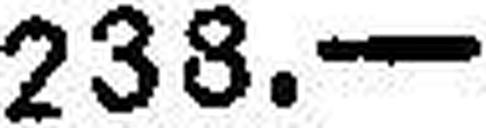
238.—